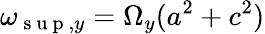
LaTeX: \omega_{\mathrm{~s~u~p~},y}=\Omega_{y}(a^{2}+c^{2})